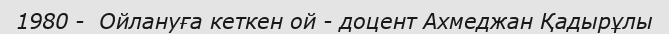
1980 -  Ойлануға кеткен ой - доцент Ахмеджан Қадырұлы